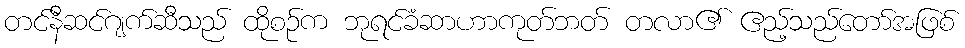
တင်နီဆင်ဂျက်ဆီသည် ထိုစဉ်က ဘုရင်ခံဆာဟာကုတ်ဘတ် တလာ၏ ဧည့်သည်တော်အဖြစ်